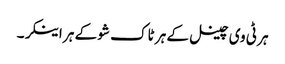
ہر ٹی وی چینل کے ہر ٹاک شو کے ہر اینکر۔